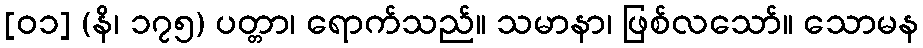
[၀၁] (နိ၊ ၁၇၅) ပတ္တာ၊ ရောက်သည်။ သမာနာ၊ ဖြစ်လသော်။ သောမန